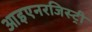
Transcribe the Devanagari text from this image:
आइएनरजिस्ट्री